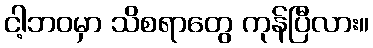
ငါ့ဘဝမှာ သိစရာတွေ ကုန်ပြီလား။